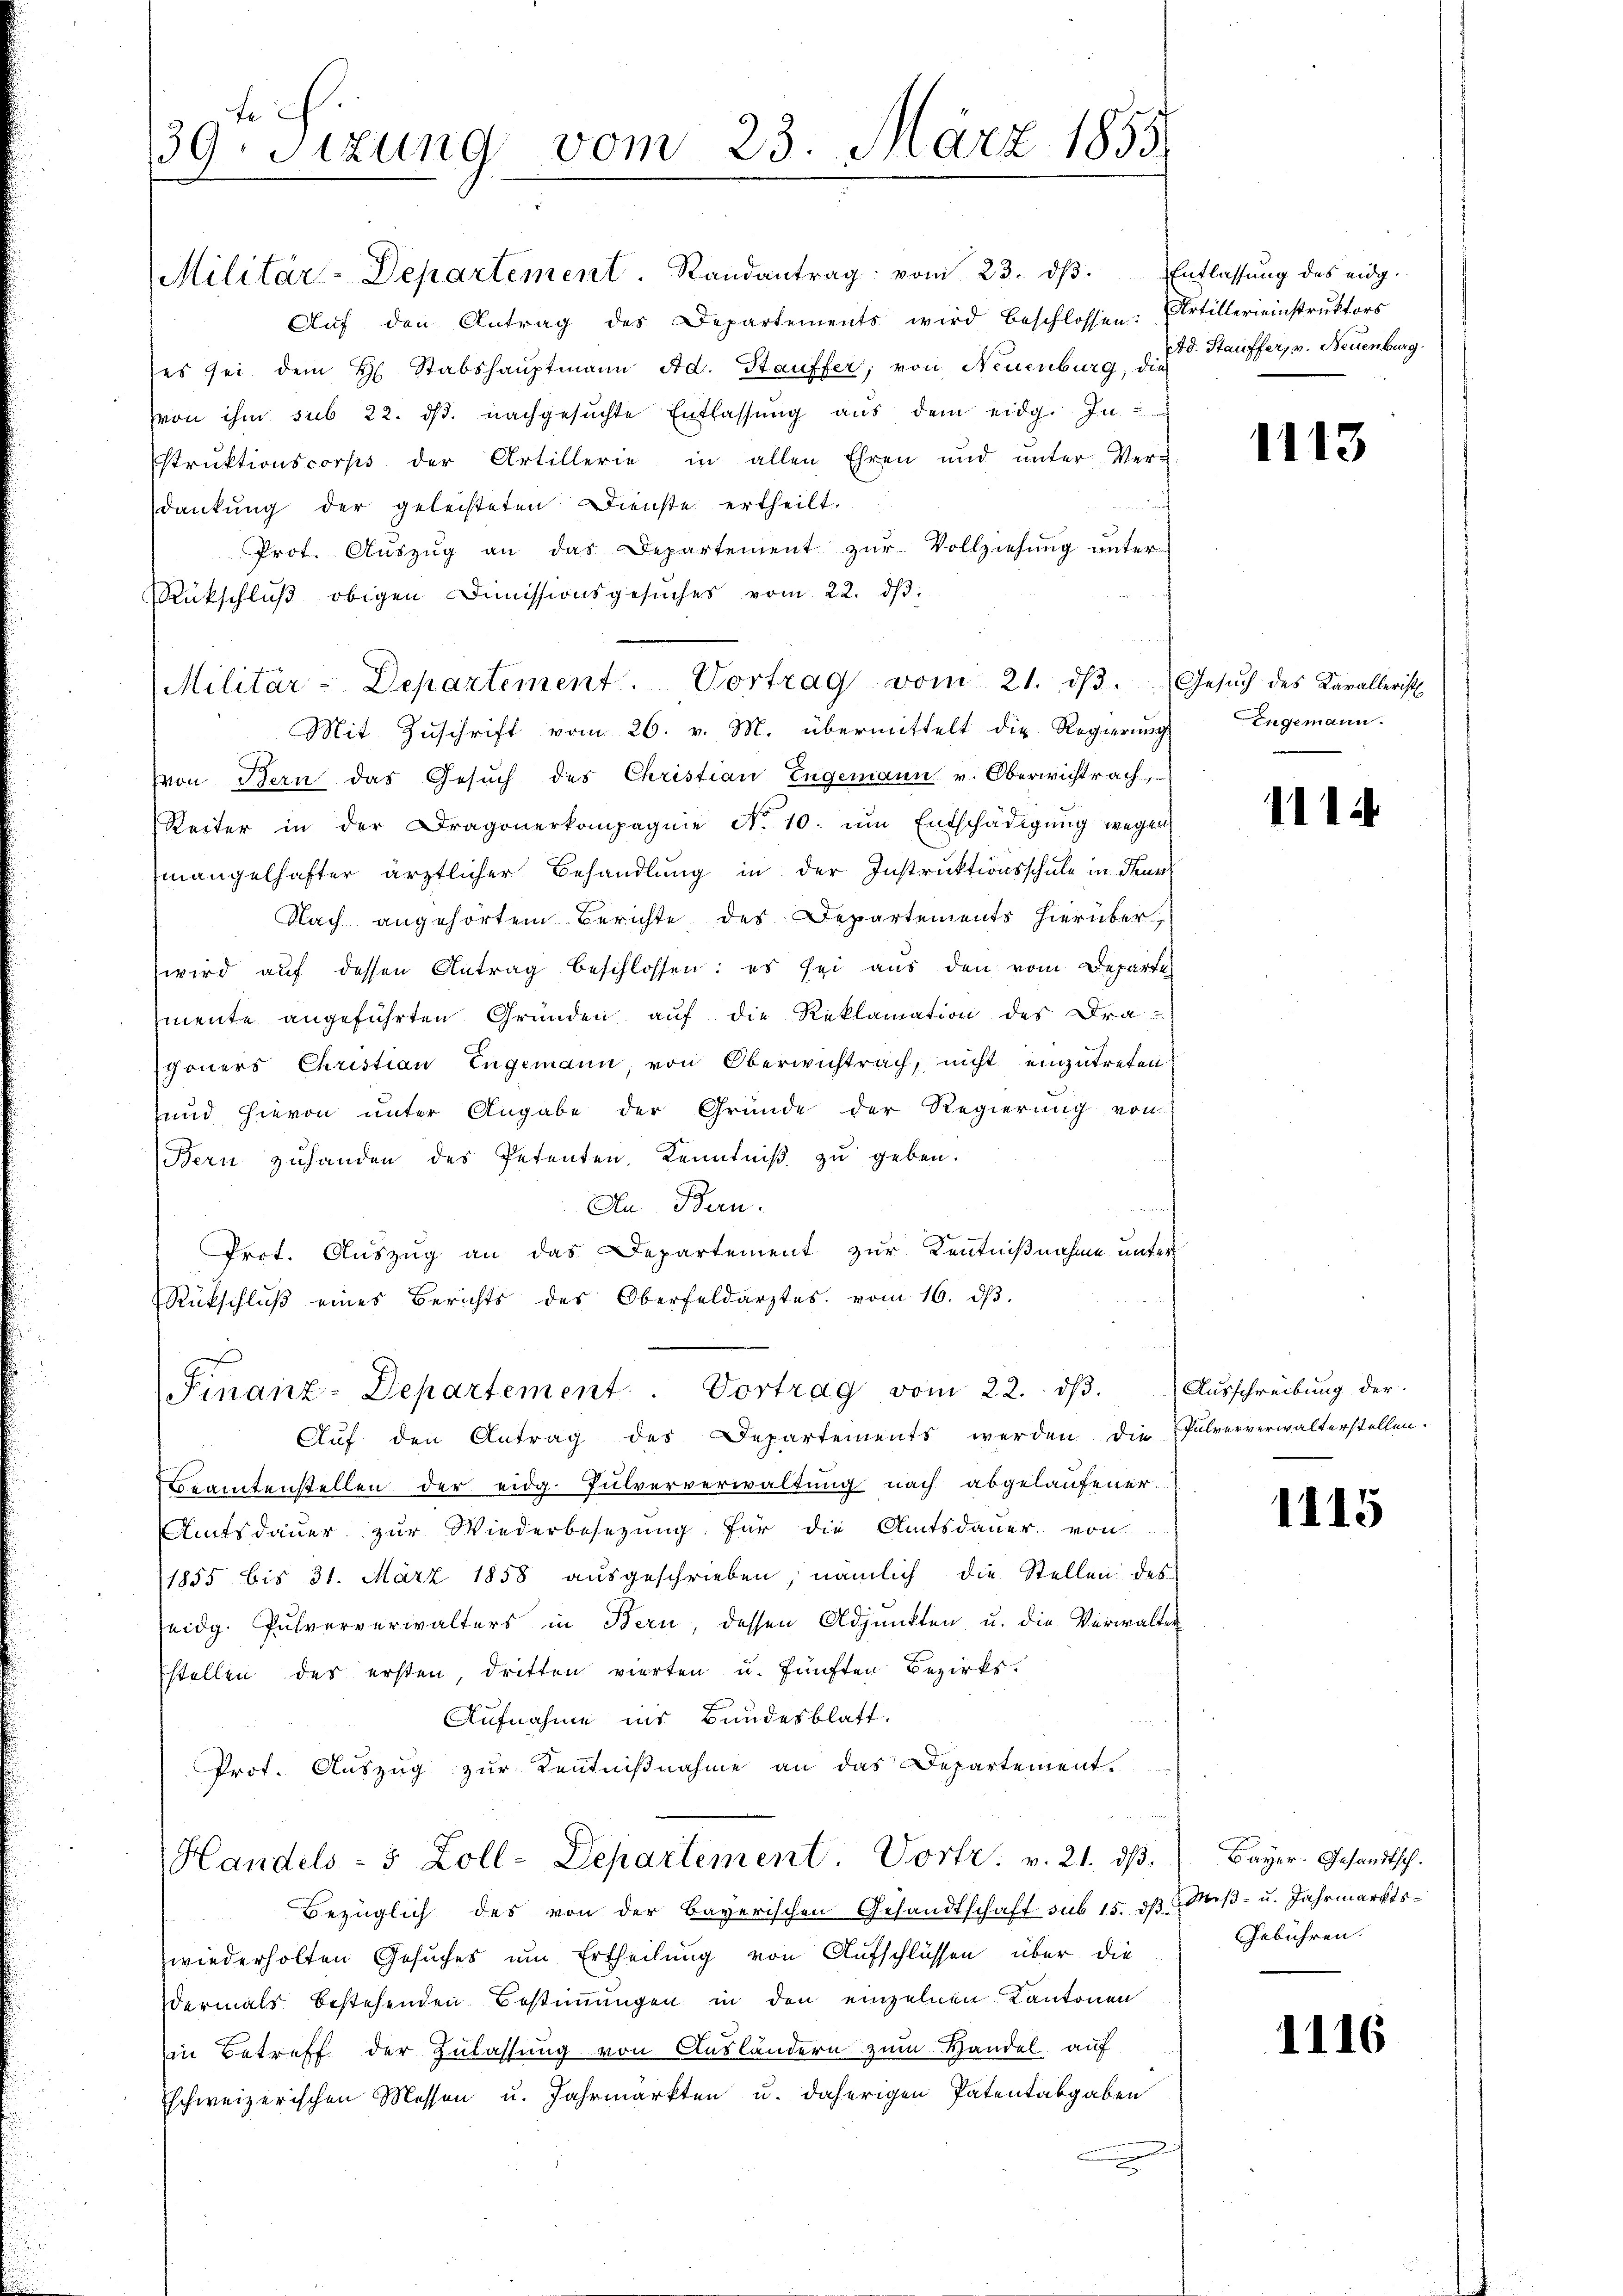
tich.
39. Sitzung vom 23. März 1855.

Militär-Departement. Randantrag vom 23. dβ. Entlassŭng des eidg.
Aŭf den Antrag des Departements wird beschlossen: Artillereinstrŭktors
(es sei dem H. Stabshauptmann Ad. Stauffer, von Neuenburg, die
von ihm sub 22. dβ. nachgesŭchte Entlassŭng aus dem eidg. Instrŭktionscorps der Artillerie in allen Ehren und ŭnter Ver-
dankung der geleisteten Dienste ertheilt.
Prot. Aŭszŭg an das Departement zŭr Vollziehung unter
Rückschlŭβ obigen Dimissionsgesŭches vom 22. dβ.
Mit Zuschrift vom 26. v. M. übermittelt die Regierung
von Bern das Gesŭch des Christian Engemann v. Oberwichtrach
Reiter in der Dragonerkompagnie No 10. ŭm Entschädigŭng wegen
mangelhafter ärztlicher Behandlung in der Instruktionsschule in denns
Nach angehörtem Berichte des Departements hierüber,
wird aŭf dessen Antrag beschlossen: es sei aus den vom Departe
mente angeführten Gründen auf die Reklamation des Dra-
goners Christian Engemann von Oberwichtrach, nicht einzutreten
und hievon unter Angabe der Gründe der Regierŭng von
Bern zuhanden des Petenten, Kenntniß zu geben.
An Bern.
Prot. Auszug an das Departement zur Kenntnißnahme unter
Rückschlŭβ eines Berichts des Oberfeldarztes. vom 16. dβ.
FFinanz-Departement. Vortrag vom 22. dβ.  Ausschreibung der
Aŭf den Antrag des Departements werden die Pulververwalterstellen.
Beamtenstellen der eidg. Pulververwaltung nach abgelaufener
Amtsdaŭer zŭr Wiederbesezung für die Amtsdauer von
1855 bis 31. März 1858 aŭsgeschrieben, nämlich die Stellen des
seidg. Pulververwalters in Bern, dessen Adjunkten u. die Verwalter
stellen des ersten, dritten vierten u. fünften Bezirks¬
Aufnahme ins Bundesblatt.
Prot. Auszug zur Kentnißnahme an das Departement.
Handels- 5 Zoll-Departement. Vorte: v. 21. dβ.
Bezüglich des von der Bayerischen Gesandtschaft sub 15. d. Meß- u. Jahrmarktswiederholten Gesuches um Ertheilung von Aufschlüssen über die
dermals bestehenden Bestimmungen in den einzelnen Kantonen
in Betreff der Zulassung von Ausländern zum Handel auf
schweizerischen Messen u. Jahrmarkten u. daherigen Patentabgaben

Militär-Departement. Vortrag vom 21. dβ. Gesŭch des Kavallerisch

Ad. Stauffer, v. Neuenburg.

1113

Engemann.

11

1115

Bayer. Gesandtsch.
Gebühren.

1116